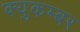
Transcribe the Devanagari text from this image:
क्युकम्बर